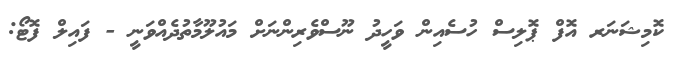
ކޮމިޝަނަރ އޮފް ޕޮލިސް ހުސެއިން ވަހީދު ނޫސްވެރިންނަށް މައުލޫމާތުދެއްވަނީ - ފައިލް ފޮޓޯ: